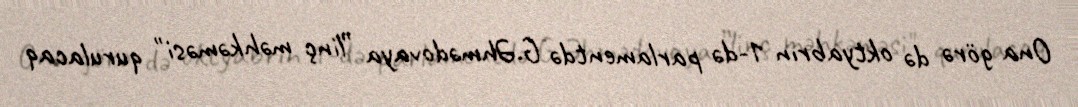
Ona görə də oktyabrın 1-də parlamentdə G.Əhmədovaya ”linç məhkəməsi" qurulacaq